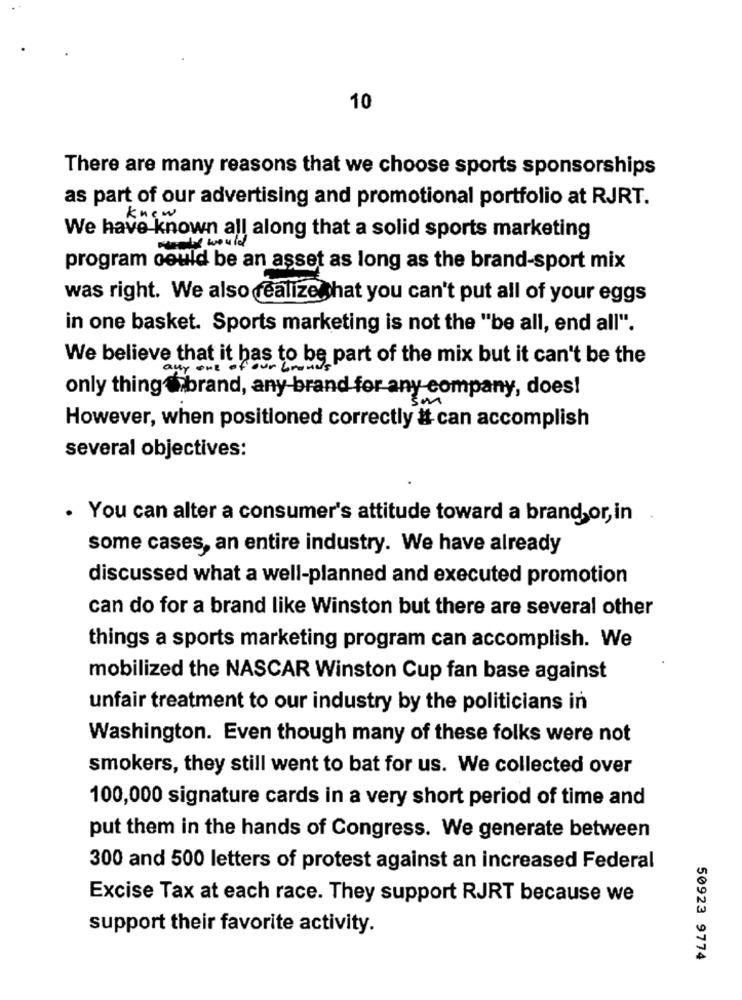
10
There are many reasons that we choose sports sponsorships
as part of our advertising and promotional portfolio at RJRT.
We have known all along that a solid sports marketing
steady would
program could be an asset as long as the brand-sport mix
was right. We also realize that you can't put all of your eggs
in one basket. Sports marketing is not the "be all, end all".
We believe that it has to be part of the mix but it can't be the
any one of our bodies
only thing @ brand, any brand for any company, does!
However, when positioned correctly # can accomplish
several objectives:
. You can alter a consumer's attitude toward a brand or,in
some cases, an entire industry. We have already
discussed what a well-planned and executed promotion
can do for a brand like Winston but there are several other
things a sports marketing program can accomplish. We
mobilized the NASCAR Winston Cup fan base against
unfair treatment to our industry by the politicians in
Washington. Even though many of these folks were not
smokers, they still went to bat for us. We collected over
100,000 signature cards in a very short period of time and
put them in the hands of Congress. We generate between
300 and 500 letters of protest against an increased Federal
Excise Tax at each race. They support RJRT because we
support their favorite activity.
50923 9774